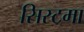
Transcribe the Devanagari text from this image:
सिस्टमा